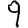
Digit: 9